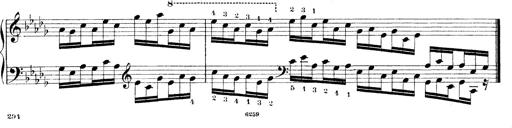
Title: Technische Studien
Composer: Franz Liszt